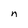
Character: n